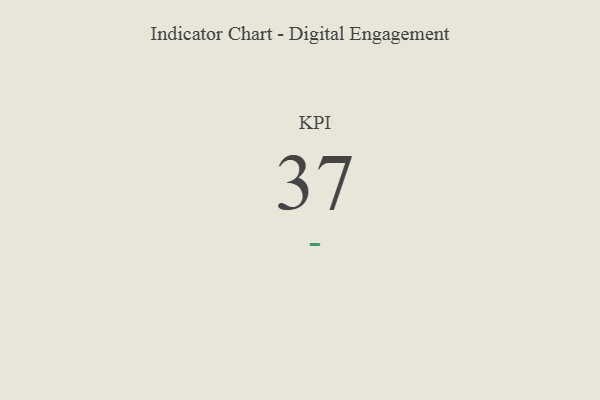
{"axis": {"x": "KPI", "y": "Value"}, "legend": [""], "data": [{"x": "KPI", "y": 37, "type": ""}]}